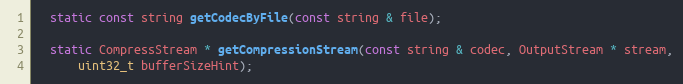
Language: C
  static const string getCodecByFile(const string & file);

  static CompressStream * getCompressionStream(const string & codec, OutputStream * stream,
      uint32_t bufferSizeHint);